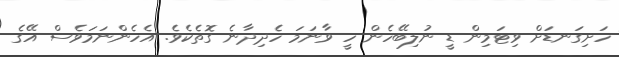
ހަށިގަނޑަށް ވިޓަމިން ޑީ ނުލިބޭހެން ހީ ވާނަމަ ހެދިދާނެ ގޮތެކެވެ. އެހެންނަމަވެސް އޭގެ